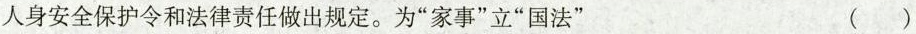
人身安全保护令和法律责任做出规定。为”家事”立”国法” ( )